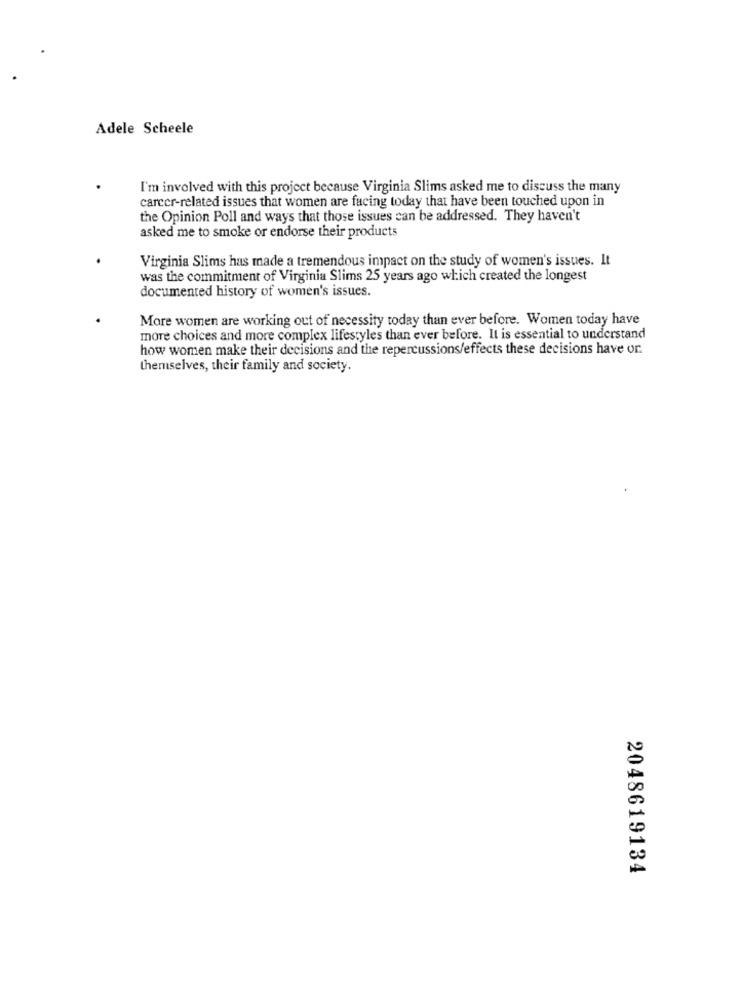
Adele Scheele
I'm involved with this project because Virginia Slims asked me to discuss the many
carcer-related issues that women are facing today that have been touched upon in
the Opinion Poll and ways that those issues can be addressed. They haven't
asked me to smoke or endorse their products
Virginia Slims has made a tremendous impact on the study of women's issues. It
was the commitment of Virginia Slims 25 years ago which created the longest
documented history of women's issues.
More women are working out of necessity today than ever before. Women today have
more choices and more complex lifestyles than ever before. It is essential to understand
how women make their decisions and the repercussions/effects these decisions have on
themselves, their family and society.
2048619134